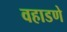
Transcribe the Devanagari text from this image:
वहाडणे